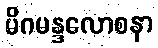
မိဂမန္ဒလောစနာ